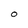
Character: O